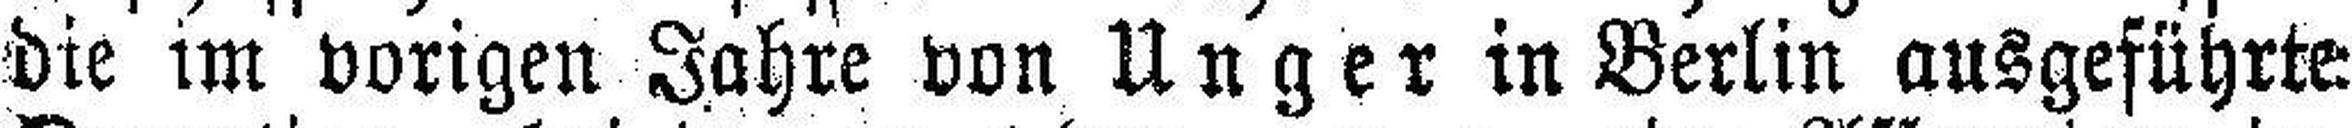
die im vorigen Jahre von Unger in Berlin ausgeführte